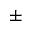
\pm